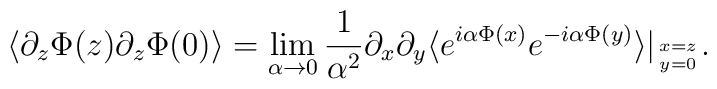
\langle \partial_z \Phi (z) \partial_{z} \Phi (0) \rangle= \lim_{\alpha \rightarrow 0} {1 \over \alpha^2} \partial_x \partial_y\langle e^{i\alpha \Phi (x)} e^{-i\alpha \Phi (y)}\rangle |_{{x=z}\atop{y=0}} .